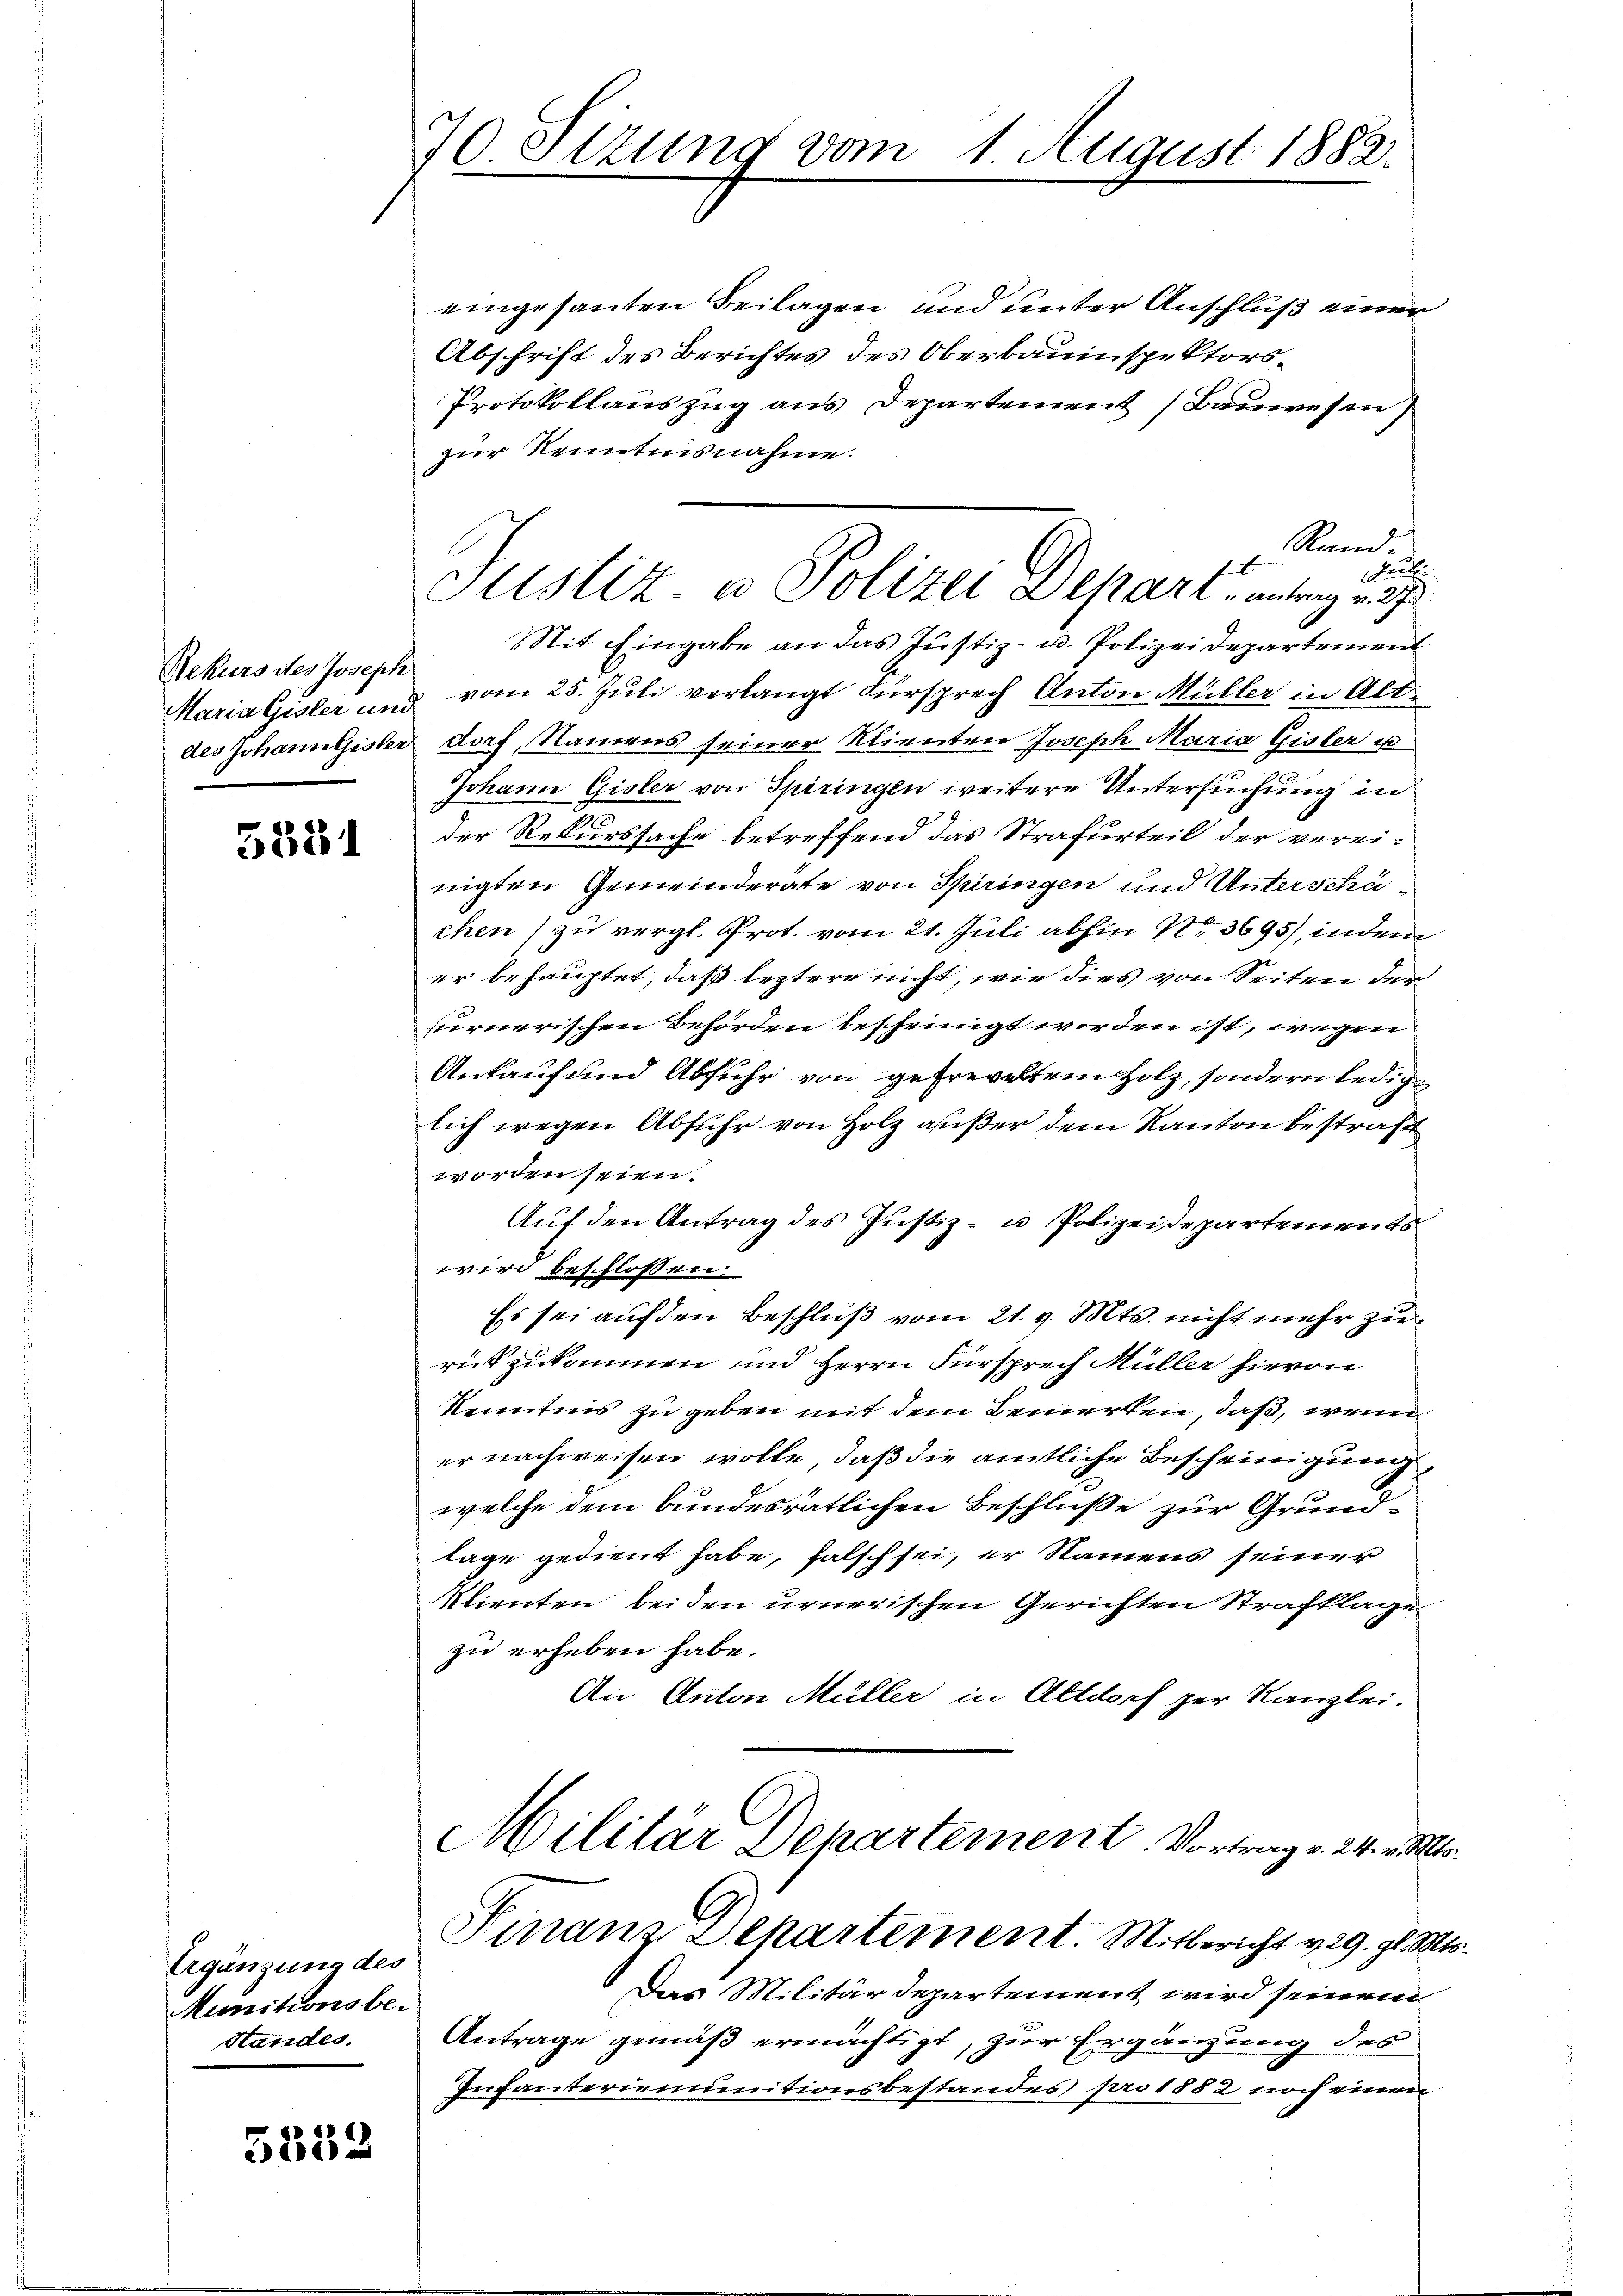
Rekurs des Joseph

5381

Ergänzung des
Munitionsbe-
Standes.

5332

70 Itzung vom 1. August 1882.

eingesanten Beilagen und unter Anschluß einer
Abschrift des Berichtes des Oberbauinspektors¬
Protokollauszug aus Departement (Bauwesen
zur Kenntnisnahme.
Rand.
Kuche
Mit Eingabe an das Justiz- u. Polizeidepartement
Maria Gisler und vom 25. Juli verlangt Fürsprech Anton Müller in Altdes Johann Gisler dorf, Namens seiner Klienten Joseph Maria Gisler u
Johann Gisler von Spiringen weitere Untersuchung in
der Rekurssache betreffend das Strafurteil der verei-
nigten Gemeinderate von Spiringen und Unterschächen) zu vergl. Prot. vom 21. Juli abhin 1. 3695), in dem
er behauptet, daß leztere nicht, wie dies von Seiten der
furnerischen Behörden bescheingt worden ist, wegen
Ankauf und Abfuhr von gefreveltem Holz, sondern ledige
lich wegen Abfuhr von Holz außer dem Kanton bestraft
worden seien.
Auf den Antrag des Justiz- u Polizeidepartements
wird beschlossen:
Es sei auf den Beschluß vom 21. v. Mts. nicht mehr zurückzukommen und Herrn Fürsprech Müller hievon
Kenntnis zu geben mit dem Bemerken, daß, wenn
er nachweisen wolle, daß die amtliche Bescheinigung,
welche dem bundesrätlichen Beschluße zur Grundlage gedient habe, falsch sei, er Namens seiner
Klienten beiden urnerischen Gerichten Strafklage
zu erheben habe.
An Anton Müller in Altdorf per Kanzlei.
Militär Departement. Vortrag v. 24. v. Mts.
Finanz-Departement. Mitbericht v. 29. gl. Mts.
Das Militärdepartement wird seinem
Antrage gemäß ermächtigt, zur Ergänzung des
Infanterienunitionsbestandes pro 1882 noch einen

Justiz- u Polizei Depart, antrag v. 27.